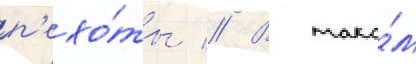
п'ехо́ты // В тако́м